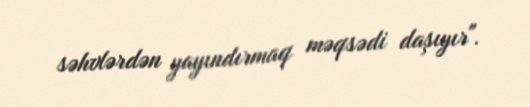
səhvlərdən yayındırmaq məqsədi daşıyır".